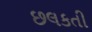
છલકતી